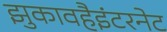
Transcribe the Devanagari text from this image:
झुकावहैइंटरनेट